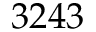
3 2 4 3